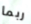
ربما